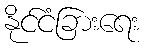
နိုင်ငံခြားရေး